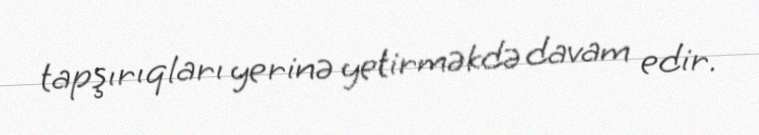
tapşırıqları yerinə yetirməkdə davam edir.